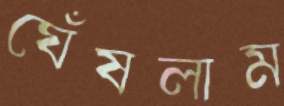
ঘেঁষলাম